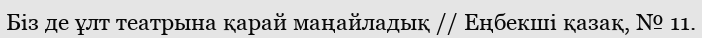
Біз де ұлт театрына қарай маңайладық // Еңбекші қазақ, № 11.